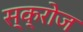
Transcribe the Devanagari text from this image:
स्क्रोज